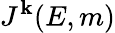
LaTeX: J^{\mathbf{k}}(E,m)